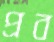
প্রব